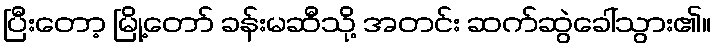
ပြီးတော့ မြို့တော် ခန်းမဆီသို့ အတင်း ဆက်ဆွဲခေါ်သွား၏။